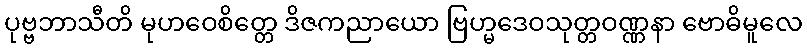
ပုဗ္ဗဘာသီတိ မုဟဝေစိတ္တေ ဒိဇကညာယော ဗြဟ္မဒေဝသုတ္တဝဏ္ဏနာ ဗောဓိမူလေ